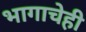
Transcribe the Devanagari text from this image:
भागाचेही